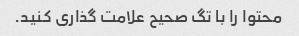
محتوا را با تگ صحیح علامت گذاری کنید.